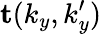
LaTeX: \mathbf{t}(k_{y},k_{y}^{\prime})